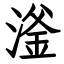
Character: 滏